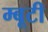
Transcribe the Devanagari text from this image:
म्बूटी